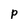
Character: p